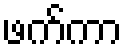
ဖက်ကာ